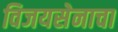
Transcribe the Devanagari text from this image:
विजयसेनाचा